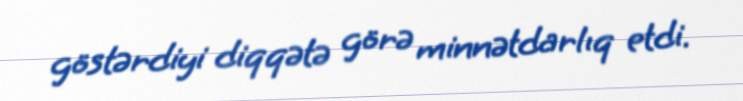
göstərdiyi diqqətə görə minnətdarlıq etdi.